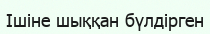
Ӏшіне шыққан бүлдірген